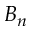
B _ { n }